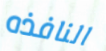
النافذه